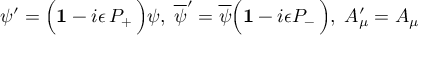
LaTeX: \psi ^ { \prime } = \Big ( { \bf 1 } - i \epsilon \, P _ { + } \, \Big ) \psi , \; { \overline { { \psi } } } ^ { \prime } = { \overline { { \psi } } } \Big ( { \bf 1 } - i \epsilon P _ { - } \, \Big ) , \; A _ { \mu } ^ { \prime } = A _ { \mu }